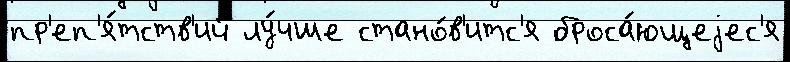
пр'еп'я́тств'ий лу́чше стано́в'итс'я броса́ющеjес'я